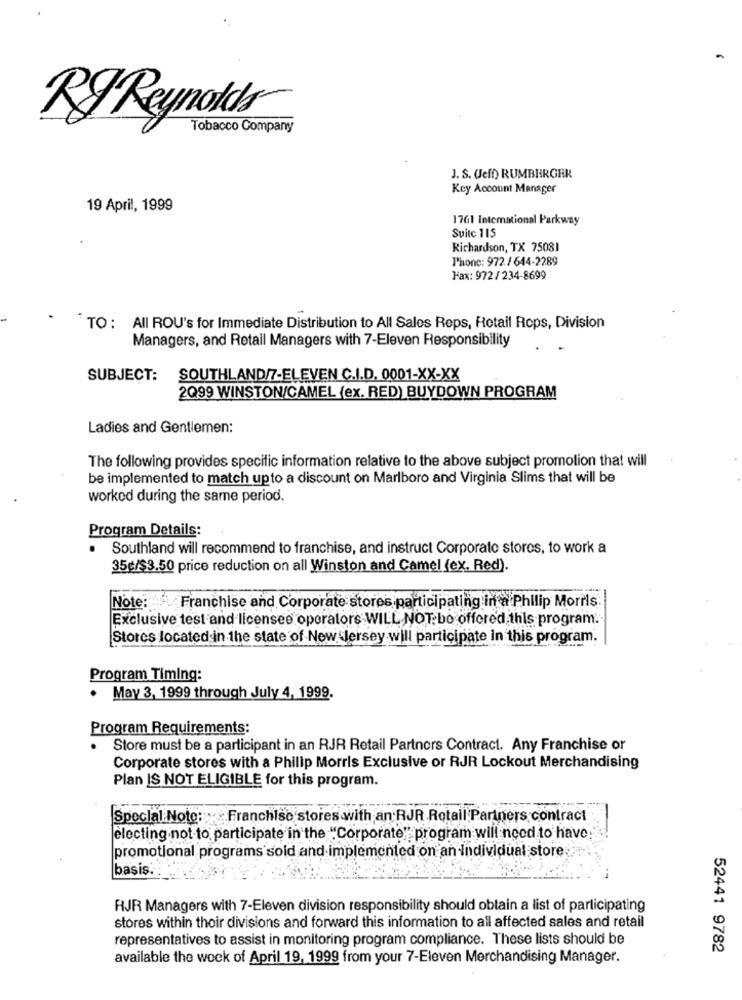
RJ Reynolds
Tobacco Company
J. S. UJeff) RUMBERGER
Key Account Manager
19 April, 1999
1761 Intemational Parkway
Suite 115
Richardson, TX 75081
Phone: 972 / 644-2289
Fax: 972/234-8699
TO : All ROU's for Immediate Distribution to All Sales Reps, Retail Reps, Division
Managers, and Retail Managers with 7-Eleven Responsibility
SUBJECT:
SOUTHLAND/7-ELEVEN C.I.D. 0001-XX-XX
2Q99 WINSTON/CAMEL (ex. RED) BUYDOWN PROGRAM
Ladies and Gentlemen:
The following provides specific information relative to the above subject promotion that will
be implemented to match upto a discount on Marlboro and Virginia Slims that will be
worked during the same period.
Program Details:
Southland will recommend to franchise, and instruct Corporate stores, to work a
35g/$3.50 price reduction on all Winston and Camel (ex. Red).
Note: Franchise and Corporate stores participating in a Philip Morris
Exclusive test and licensee operators WILL NOT.bo offered this program.
Stores located in the state of New Jersey will participate In this program.
Program Timing:
· May 3, 1999 through July 4, 1999.
Program Requirements:
Store must be a participant in an RJR Retail Partners Contract. Any Franchise or
Corporate stores with a Philip Morris Exclusive or RJR Lockout Merchandising
Plan IS NOT ELIGIBLE for this program.
Special Note: Franchise stores with an RJR Retail Partners contract
electing not to participate in the "Corporate" program will need to have
promotional programs sold and implemented on an Individual store
başiş.
RJR Managers with 7-Eleven division responsibility should obtain a list of participating
stores within their divisions and forward this information to all affected sales and retail
representatives to assist in monitoring program compliance. These lists should be
52441 9782
available the week of April 19, 1999 from your 7-Eleven Merchandising Manager.